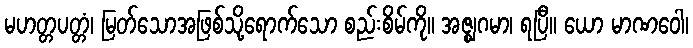
မဟတ္တပတ္တံ၊ မြတ်သောအဖြစ်သို့ရောက်သော စည်းစိမ်ကို။ အဇ္ဈဂမာ၊ ရပြီ။ ယော မာဏဝေါ၊